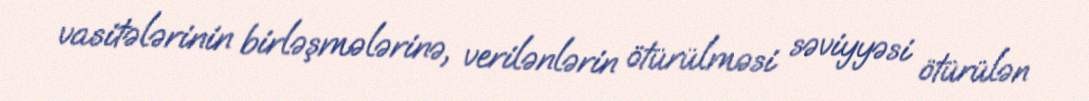
vasitələrinin birləşmələrinə, verilənlərin ötürülməsi səviyyəsi ötürülən